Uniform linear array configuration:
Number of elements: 4
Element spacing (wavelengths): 0.75
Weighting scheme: cosine
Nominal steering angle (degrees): -15
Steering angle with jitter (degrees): -13.542
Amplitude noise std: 0.05
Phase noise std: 0.05

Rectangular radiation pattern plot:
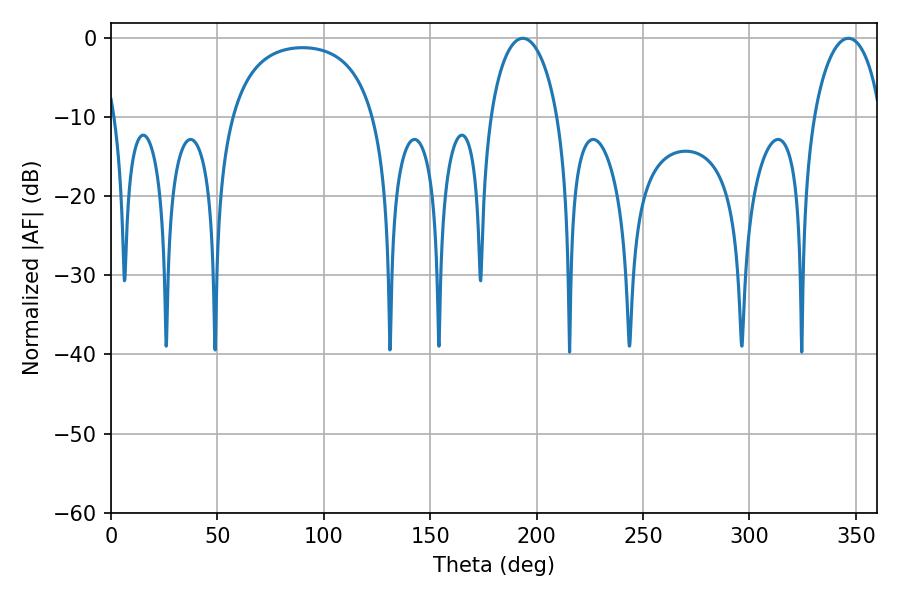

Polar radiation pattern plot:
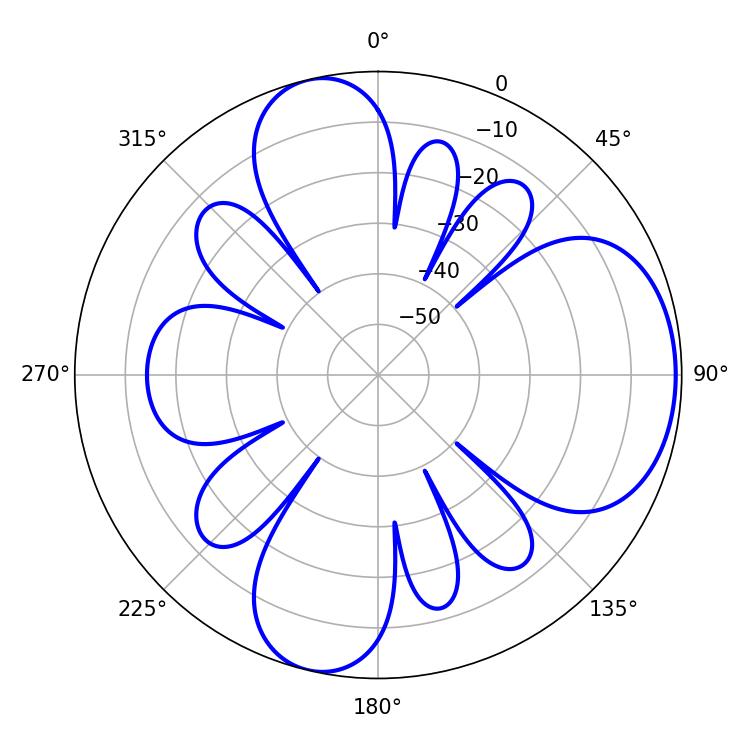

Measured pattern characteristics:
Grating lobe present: TRUE
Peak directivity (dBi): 6.937
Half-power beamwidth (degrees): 18.36
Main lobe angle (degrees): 193.5